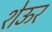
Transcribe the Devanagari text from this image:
शेऊर